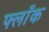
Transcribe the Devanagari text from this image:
फ्लाँक